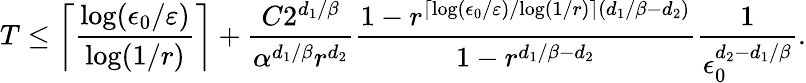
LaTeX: T\leq\left\lceil\frac{\log(\epsilon_{0}/\varepsilon)}{\log(1/r)}\right\rceil+\frac{C2^{d_{1}/\beta}}{\alpha^{d_{1}/\beta}r^{d_{2}}}\frac{1-r^{\lceil{\log(\epsilon_{0}/\varepsilon)}/{\log(1/r)}\rceil(d_{1}/\beta-d_{2})}}{1-r^{d_{1}/\beta-d_{2}}}\frac{1}{\epsilon_{0}^{d_{2}-d_{1}/\beta}}.